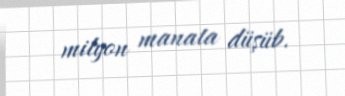
milyon manata düşüb.